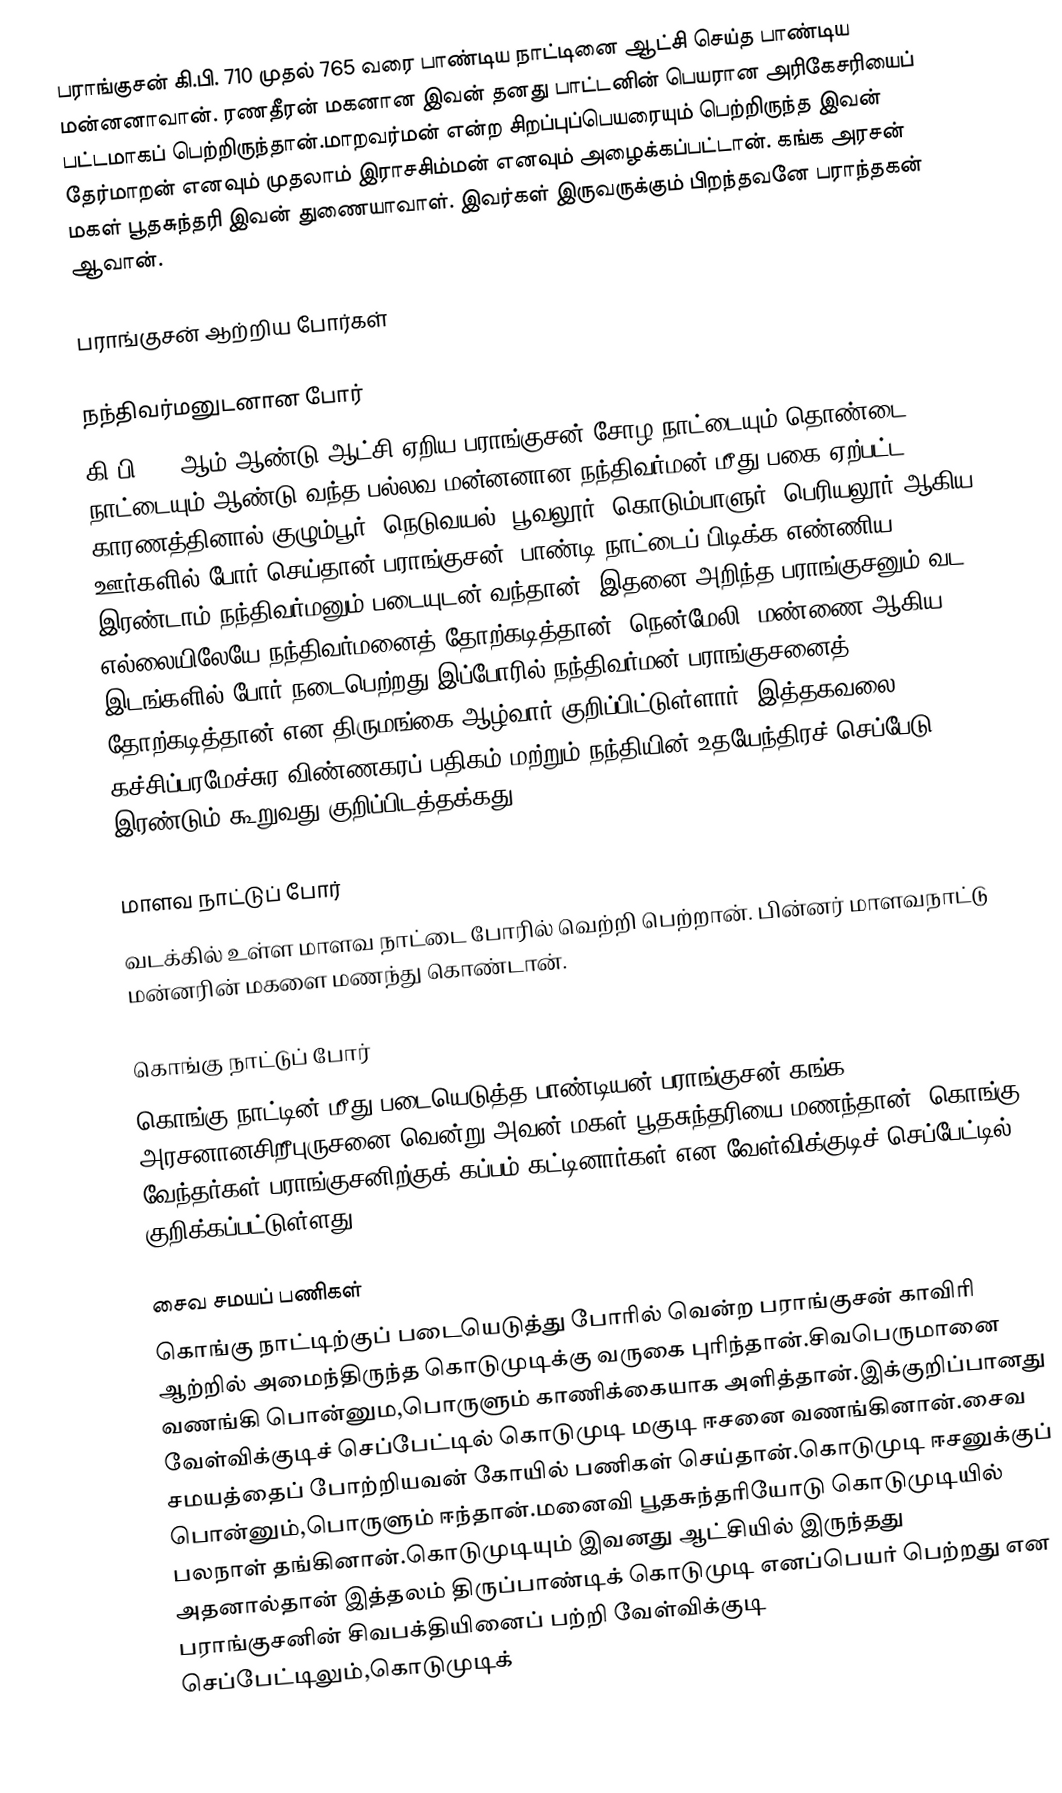
பராங்குசன் கி.பி. 710 முதல் 765 வரை பாண்டிய நாட்டினை ஆட்சி செய்த பாண்டிய மன்னனாவான். ரணதீரன் மகனான இவன் தனது பாட்டனின் பெயரான அரிகேசரியைப் பட்டமாகப் பெற்றிருந்தான்.மாறவர்மன் என்ற சிறப்புப்பெயரையும் பெற்றிருந்த இவன் தேர்மாறன் எனவும் முதலாம் இராசசிம்மன் எனவும் அழைக்கப்பட்டான். கங்க அரசன் மகள் பூதசுந்தரி இவன் துணையாவாள். இவர்கள் இருவருக்கும் பிறந்தவனே பராந்தகன் ஆவான்.

பராங்குசன் ஆற்றிய போர்கள்

நந்திவர்மனுடனான போர்
கி.பி.710 ஆம் ஆண்டு ஆட்சி ஏறிய பராங்குசன் சோழ நாட்டையும்,தொண்டை நாட்டையும் ஆண்டு வந்த பல்லவ மன்னனான நந்திவர்மன் மீது பகை ஏற்பட்ட காரணத்தினால் குழும்பூர், நெடுவயல், பூவலூர், கொடும்பாளுர், பெரியலூர் ஆகிய ஊர்களில் போர் செய்தான் பராங்குசன். பாண்டி நாட்டைப் பிடிக்க எண்ணிய இரண்டாம் நந்திவர்மனும் படையுடன் வந்தான். இதனை அறிந்த பராங்குசனும் வட எல்லையிலேயே நந்திவர்மனைத் தோற்கடித்தான். நென்மேலி, மண்ணை ஆகிய இடங்களில் போர் நடைபெற்றது.இப்போரில் நந்திவர்மன் பராங்குசனைத் தோற்கடித்தான் என திருமங்கை ஆழ்வார் குறிப்பிட்டுள்ளார். இத்தகவலை கச்சிப்பரமேச்சுர விண்ணகரப் பதிகம் மற்றும் நந்தியின் உதயேந்திரச் செப்பேடு இரண்டும் கூறுவது குறிப்பிடத்தக்கது.

மாளவ நாட்டுப் போர்
வடக்கில் உள்ள மாளவ நாட்டை போரில் வெற்றி பெற்றான். பின்னர் மாளவநாட்டு மன்னரின் மகளை மணந்து கொண்டான்.

கொங்கு நாட்டுப்  போர்
கொங்கு நாட்டின் மீது படையெடுத்த பாண்டியன் பராங்குசன் கங்க அரசனானசிறீபுருசனை வென்று அவன் மகள் பூதசுந்தரியை மணந்தான். கொங்கு வேந்தர்கள் பராங்குசனிற்குக் கப்பம் கட்டினார்கள் என வேள்விக்குடிச் செப்பேட்டில் குறிக்கப்பட்டுள்ளது.

சைவ சமயப் பணிகள்
கொங்கு நாட்டிற்குப் படையெடுத்து போரில் வென்ற பராங்குசன் காவிரி ஆற்றில் அமைந்திருந்த கொடுமுடிக்கு வருகை புரிந்தான்.சிவபெருமானை வணங்கி பொன்னும,பொருளும் காணிக்கையாக அளித்தான்.இக்குறிப்பானது வேள்விக்குடிச் செப்பேட்டில் கொடுமுடி மகுடி ஈசனை வணங்கினான்.சைவ சமயத்தைப் போற்றியவன் கோயில் பணிகள் செய்தான்.கொடுமுடி ஈசனுக்குப் பொன்னும்,பொருளும் ஈந்தான்.மனைவி பூதசுந்தரியோடு கொடுமுடியில் பலநாள் தங்கினான்.கொடுமுடியும் இவனது ஆட்சியில் இருந்தது அதனால்தான் இத்தலம் திருப்பாண்டிக் கொடுமுடி எனப்பெயர் பெற்றது என பராங்குசனின் சிவபக்தியினைப் பற்றி வேள்விக்குடி செப்பேட்டிலும்,கொடுமுடிக்